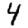
Digit: 4